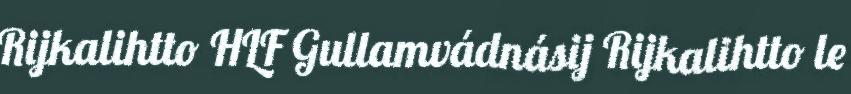
Rijkalihtto HLF Gullamvádnásij Rijkalihtto le